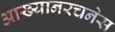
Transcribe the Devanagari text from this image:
आख्यानरचनेस